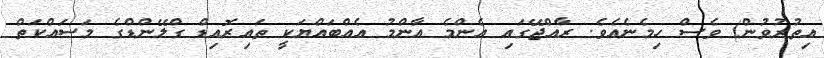
އިތުރުވުން) ވެސް ހިމެނެއެވެ. ރާއްޖޭގައި އެންމެ އާންމު އެއްބައްޔަކީ ތައިރޮއިޑް ގްލޭންޑްގެ މަސައްކަތް